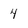
Character: 4